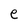
Character: e